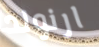
ارنولد